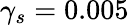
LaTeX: \gamma_{s}=0.005